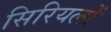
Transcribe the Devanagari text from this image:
सिरियलों